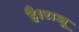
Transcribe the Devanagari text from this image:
है।राजू